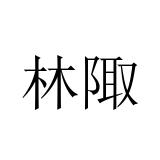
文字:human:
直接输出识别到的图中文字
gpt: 林陬